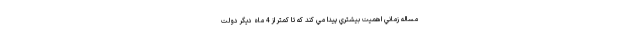
مساله زماني اهميت بيشتري پيدا مي كند كه تا كمتر از 4 ماه ديگر دولت